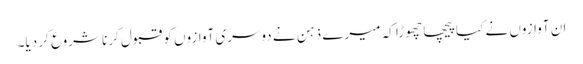
ان آوازوں نے کیا پیچھا چھوڑا کہ میرے ذہن نے دوسری آوازوں کو قبول کرنا شروع کر دیا۔